Annual report of the Madras Medical College
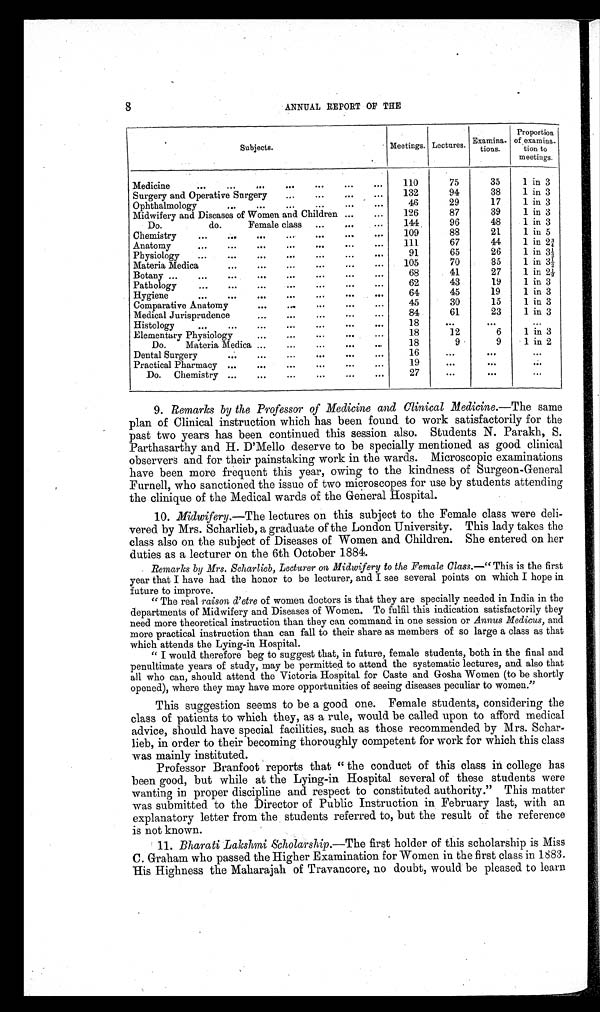
8
ANNUAL REPORT OF THE
Subjects
Meetings. Lectures. Examinations.
Proportion
of exam
ination to
meetings.
Medicine
110
75
35
1 in 3
Surgery and Operative Surgery
132
94
38
1 in 3
Ophthalmology
46
29
17
1 in 3
Midwifery and Diseases of Women and Children
126
87
39
1 in 3
Do. do. Female class
144
96
48
1 in 3
Chemistry
109
88
21
1 in 5
Anatomy
111
67
44
1 in 2¾
Physiology
91
65
26
1 in 3½
Materia Medica
105
70
35
1 in 3½
Botany
68
41
27
1 in 2½
Pathology
62
43
19
1 in 3
Hygiene
64
45
19
1 in 3
Comparative Anatomy
45
30
15
1 in 3
Medical Jurisprudence
84
61
23
1 in 3
Histology
18
Elementary Physiology
18
12
6
1 in 3
Do. Materia Medica
18
9
9
1 in 2
Dental Surgery
16
Practical Pharmacy
19
Do. Chemistry
27
9. Remarks by the Professor of Medicine and Clinical .Medicine. —The same
plan of Clinical instruction which has been found to work satisfactorily for the
past two years has been continued this session also. Students N. Parakh, S.
Parthasarthy and H. D'Mello deserve to be specially mentioned as good clinical
observers and for their painstaking work in the wards. Microscopic examinations
have been more frequent this year, owing to the kindness of Surgeon-General
Furnell, who sanctioned the issue of two microscopes for use by students attending
the clinique of the Medical wards of the General Hospital.
10.
Midwifery. —The lectures on this subject to the Female class were deli
vered by Mrs. Scharlieb, a graduate of the London University. This lady takes the
class also on the subject of Diseases of Women and Children. She entered on her
duties as a lecturer on the 6th October 1884.
Remarks by Mrs. Scharlieb, Lecturer on Midwifery to the Female Class. —"This is the first
year that I have had the honor to be lecturer, and I see several points on which I hope in
future to improve.
"The real raison d'etre of women doctors is that they are specially needed in India in the
departments of Midwifery and Diseases of Women. To fulfil this indication satisfactorily they
need more theoretical instruction than they can command in one session or Annus Medicus, and
more practical instruction than can fall to their share as members of so large a class as that
which attends the Lying-in Hospital.
"I would therefore beg to suggest that, in future, female students, both in the final and
penultimate years of study, may be permitted to attend the systematic lectures, and also that
all who can, should attend the Victoria Hospital for Caste and Gosha Women (to be shortly
opened), where they may have more opportunities of seeing diseases peculiar to women."
This suggestion seems to be a good one. Female students, considering the
class of patients to which they, as a rule, would be called upon to afford medical
advice, should have special facilities, such as those recommended by Mrs.
Scharlieb, in order to their becoming thoroughly competent for work for which this class
was mainly instituted.
Professor Branfoot reports that "the conduct of this class in college has
been good, but while at the Lying-in Hospital several of these students were
wanting in proper discipline and respect to constituted authority." This matter
was submitted to the Director of Public Instruction in February last, with an
explanatory letter from the students referred to, but the result of the reference
is not known.
11.
Bharati Lakshmi Scholarship. —The first holder of this scholarship is Miss
C. Graham who passed the Higher Examination for Women in the first class in 1883.
His Highness the Maharajah of Travancore, no doubt, would be pleased to learn